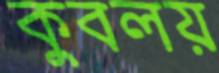
কুবলয়